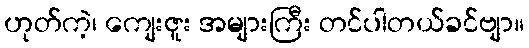
ဟုတ်ကဲ့၊ ကျေးဇူး အများကြီး တင်ပါတယ်ခင်ဗျာ။